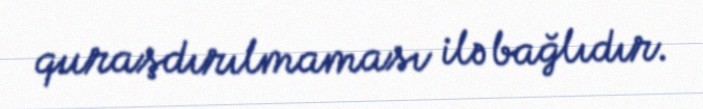
quraşdırılmaması ilə bağlıdır.